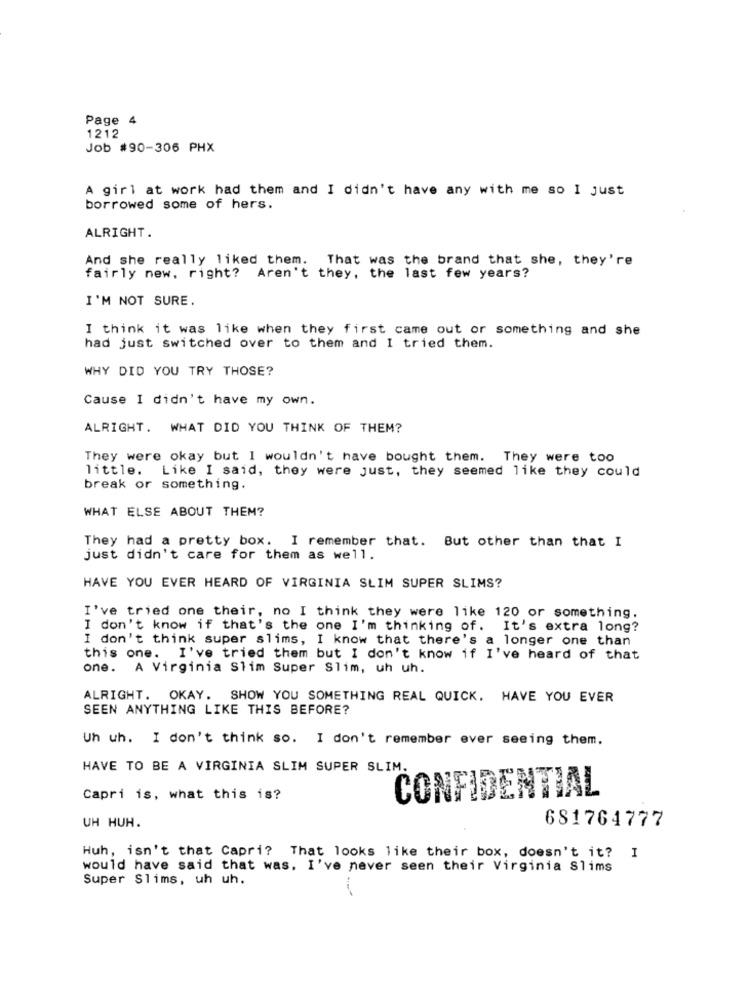
Page 4
1212
Job #90-306 PHX
A girl at work had them and I didn't have any with me so I just
borrowed some of hers.
ALRIGHT.
And she really liked them. That was the brand that she, they're
fairly new, right? Aren't they, the last few years?
I'M NOT SURE.
I think it was like when they first came out or something and she
had just switched over to them and I tried them.
WHY DID YOU TRY THOSE?
Cause I didn't have my own.
ALRIGHT. WHAT DID YOU THINK OF THEM?
They were okay but I wouldn't have bought them. They were too
little. Like I said, they were just, they seemed like they could
break or something.
WHAT ELSE ABOUT THEM?
They had a pretty box.
I remember that. But other than that I
just didn't care for them as well.
HAVE YOU EVER HEARD OF VIRGINIA SLIM SUPER SLIMS?
I've tried one their, no I think they were like 120 or something.
I don't know if that's the one I'm thinking of. It's extra long?
I don't think super slims, I know that there's a longer one than
this one. I've tried them but I don't know if I've heard of that
one. A Virginia Slim Super Slim, uh uh.
ALRIGHT. OKAY. SHOW YOU SOMETHING REAL QUICK. HAVE YOU EVER
SEEN ANYTHING LIKE THIS BEFORE?
Uh uh. I don't think so. I don't remember ever seeing them.
HAVE TO BE A VIRGINIA SLIM SUPER SLIM.
CONFIDENTIAL
Capri is, what this is?
UH HUH.
681764777
Huh, isn't that Capri? That looks like their box, doesn't it? I
would have said that was. I've never seen their Virginia Slims
Super Slims, uh uh.